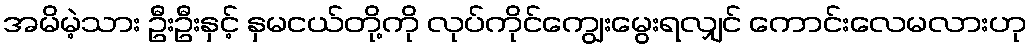
အမိမဲ့သား ဦးဦးနှင့် နှမငယ်တို့ကို လုပ်ကိုင်ကျွေးမွေးရလျှင် ကောင်းလေမလားဟု